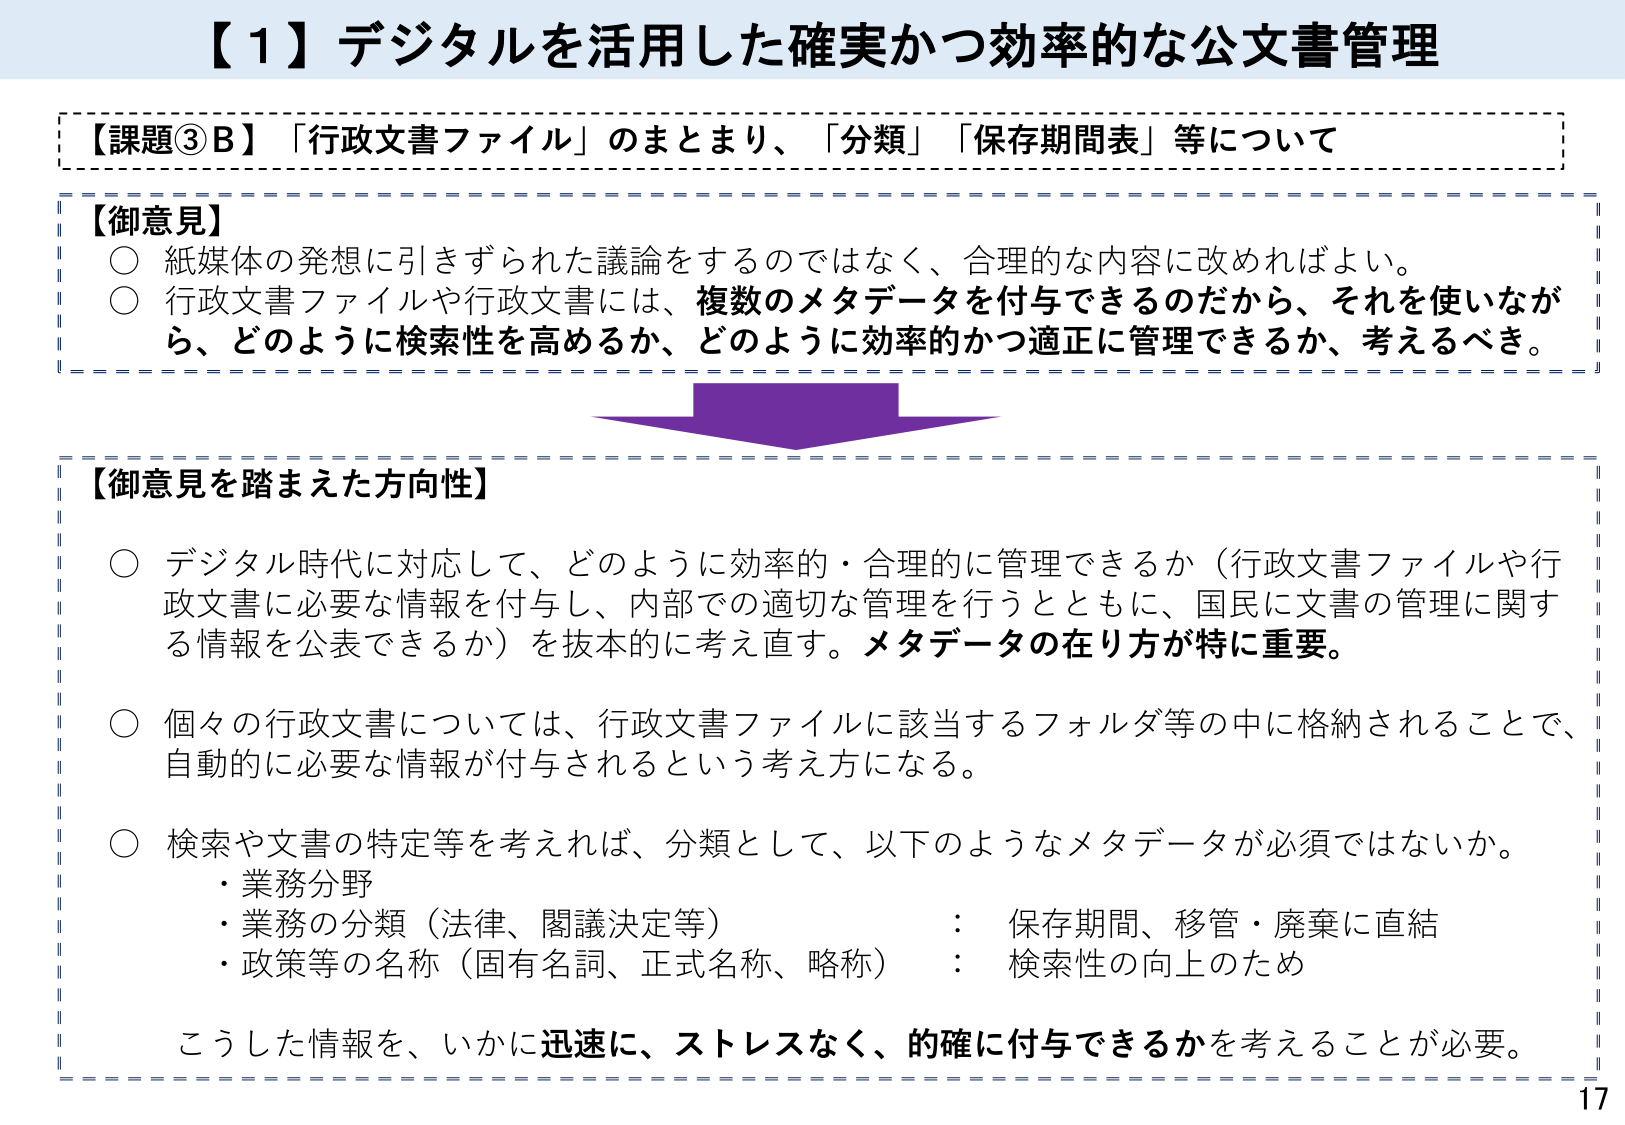
【1】デジタルを活用した確実かつ効率的な公文書管理

【課題③B】「行政文書ファイル」のまとめり、「分類」「保存期間表」等について

【御意見】
○ 紙媒体の発想に引きずられた議論をするのではなく、合理的な内容に改めればよい。
○ 行政文書ファイルや行政文書には、複数のメタデータを付与できるのだから、それを使いながら、どのように検索性を高めるか、どのように効率的かつ適正に管理できるか、考えるべき。

【御意見を踏まえた方向性】
○ デジタル時代に対応して、どのように効率的・合理的に管理できるか（行政文書ファイルや行政文書に必要な情報を付与し、内部での適切な管理を行うとともに、国民に文書の管理に関する情報を公表できるか）を抜本的に考え直す。メタデータの在り方が特に重要。
○ 個々の行政文書については、行政文書ファイルに該当するフォルダ等の中に格納されることで、自動的に必要な情報が付与されるという考え方になる。
○ 検索や文書の特定等を考えれば、分類として、以下のようなメタデータが必須ではないか。
・業務分野
・業務の分類（法律、閣議決定等）：保存期間、移管・廃棄に直結
・政策等の名称（固有名詞、正式名称、略称）：検索性の向上のため
こうした情報を、いかに迅速に、ストレスなく、的確に付与できるかを考えることが必要。

17